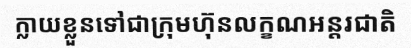
ក្លាយខ្លួនទៅជាក្រុមហ៊ុនលក្ខណអន្តរជាតិ